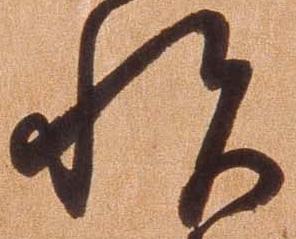
悦